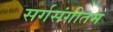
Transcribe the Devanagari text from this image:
सर्गसंगीतम